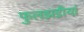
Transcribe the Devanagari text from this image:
फुलझडीयां